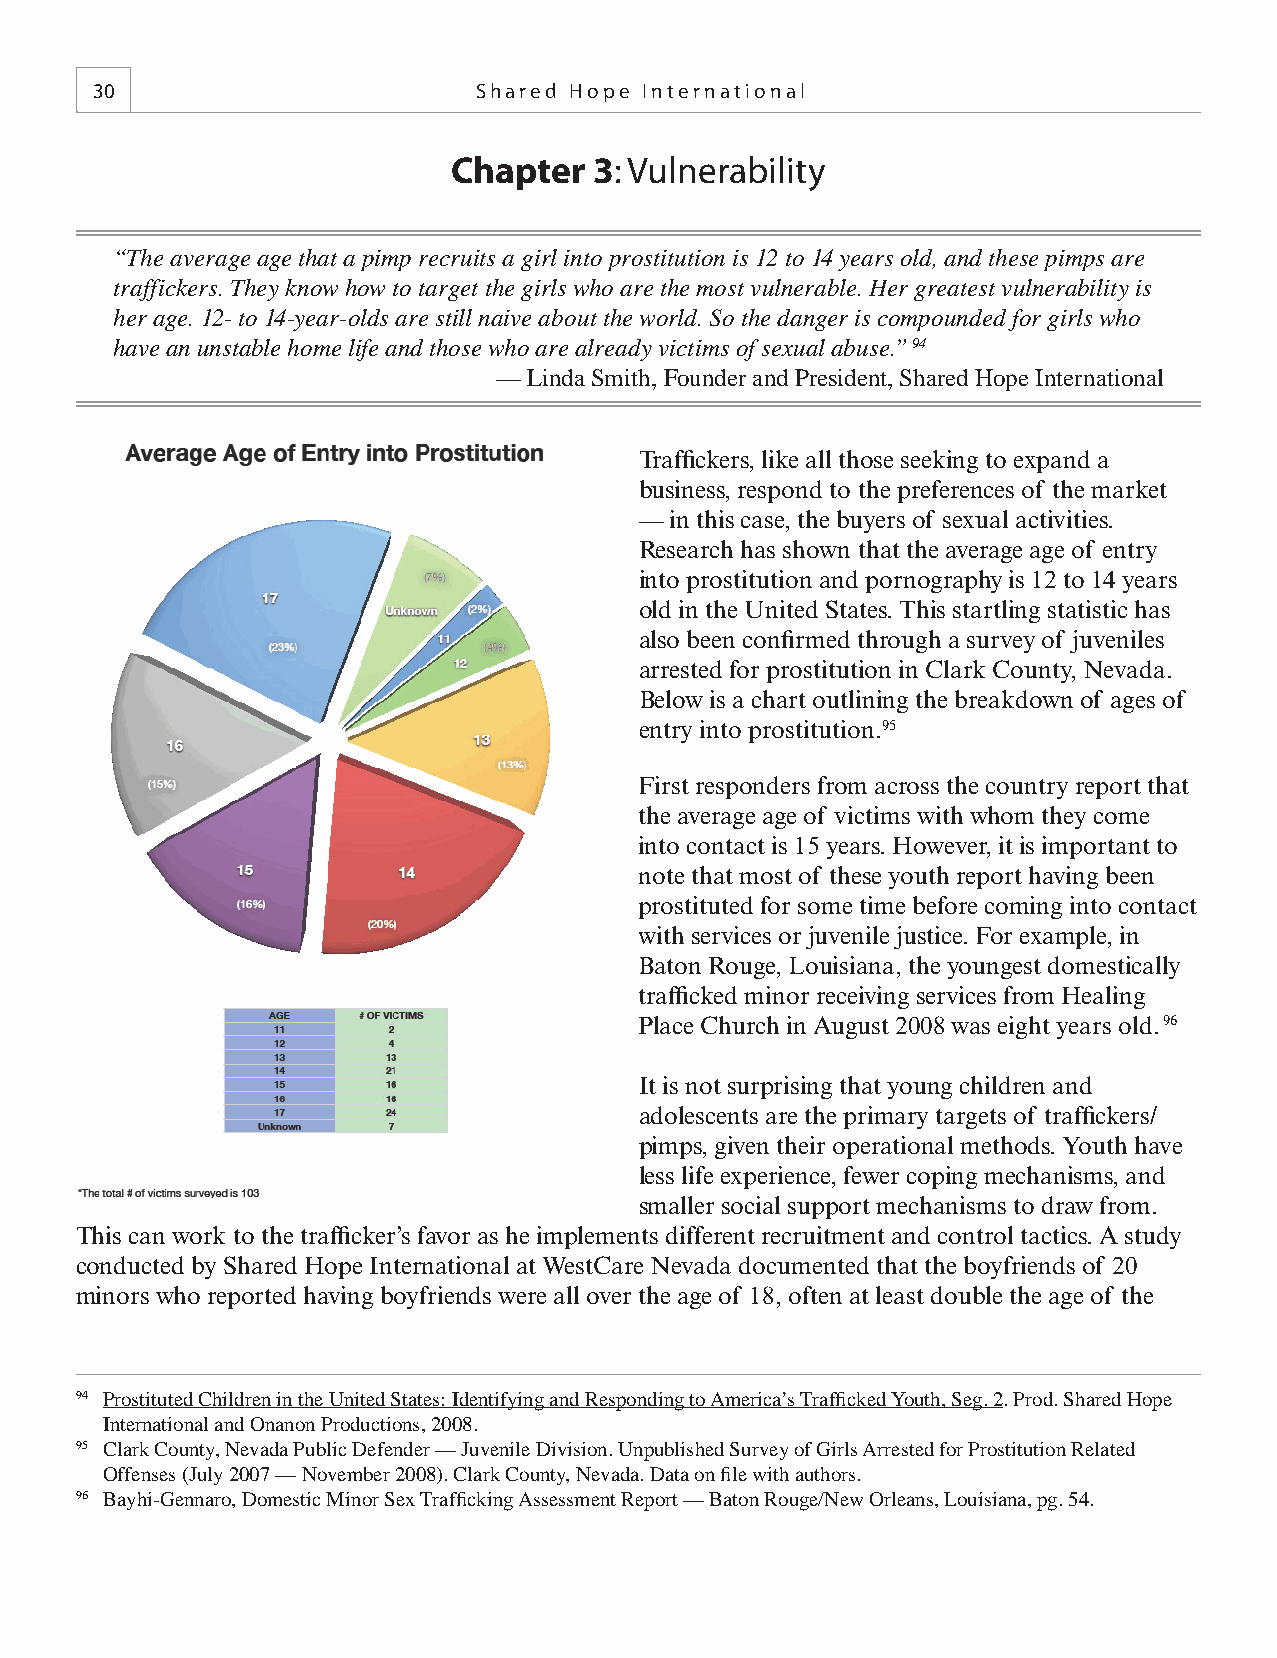
30                       Shared Hope International
 Chapter  3: Vulnerability
 “The average age that a pimp recruits a girl into prostitution is 12 to 14 years old, and these pimps are
 traffickers. They know how to target the girls who are the most vulnerable. Her greatest vulnerability is
 her age. 12- to 14-year-olds are still naive about the world. So the danger is compounded for girls who
 have an unstable home life and those who are already victims of sexual abuse.” 94
 — Linda Smith, Founder and President, Shared Hope International
 Traffi ckers, like all those seeking to expand a
 business, respond to the preferences of the market
 — in this case, the buyers of sexual activities.
 Research has shown that the average age of entry
 into prostitution and pornography is 12 to 14 years
 old in the United States. This startling statistic has
 also been confi rmed through a survey of juveniles
 arrested for prostitution in Clark County, Nevada.
 Below is a chart outlining the breakdown of ages of
 entry into prostitution.95
 First responders from across the country report that
 the average age of victims with whom they come
 into contact is 15 years. However, it is important to
 note that most of these youth report having been
 prostituted for some time before coming into contact
 with services or juvenile justice. For example, in
 Baton Rouge, Louisiana, the youngest domestically
 traffi cked minor receiving services from Healing
 Place Church in August 2008 was eight years old. 96
 It is not surprising that young children and
 adolescents are the primary targets of traffi ckers/
 pimps, given their operational methods. Youth have
 less life experience, fewer coping mechanisms, and
 smaller social support mechanisms to draw from.
 This can work to the traffi cker’s favor as he implements different recruitment and control tactics. A study
 conducted by Shared Hope International at WestCare Nevada documented that the boyfriends of 20
 minors who reported having boyfriends were all over the age of 18, often at least double the age of the
 94 Prostituted Children in the United States: Identifying and Responding to America’s Traffi cked Youth, Seg. 2. Prod. Shared Hope
 International and Onanon Productions, 2008.
 95 Clark County, Nevada Public Defender — Juvenile Division. Unpublished Survey of Girls Arrested for Prostitution Related
 Offenses (July 2007 — November 2008). Clark County, Nevada. Data on fi le with authors.
 96 Bayhi-Gennaro, Domestic Minor Sex Traffi cking Assessment Report — Baton Rouge/New Orleans, Louisiana, pg. 54.